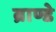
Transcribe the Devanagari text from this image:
ब्राण्डे